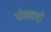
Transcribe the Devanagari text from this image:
पंचखाद्ये